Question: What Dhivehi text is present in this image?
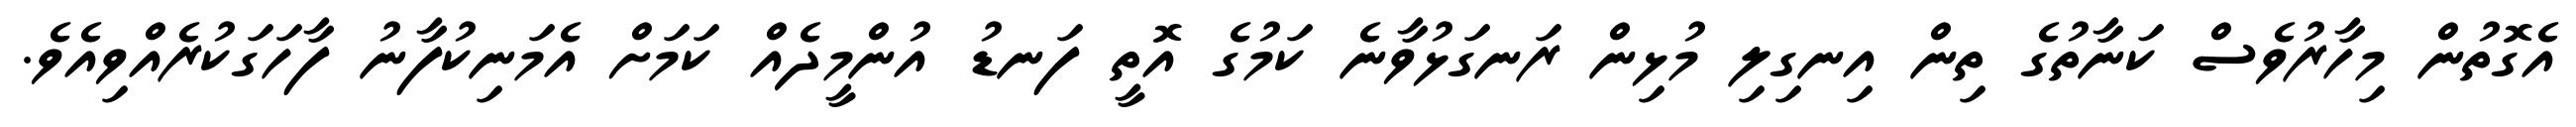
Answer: އެގޮތުން މިހާރުވެސް ކަނާތުގެ ތިން އިނގިލި މުޅިން ރަނގަޅުވާނެ ކަމުގެ އޮތީ ފަނޑު އުންމީދެއް ކަމަށް އެމަނިކުފާނު ފާހަގަކުރެއްވިއެވެ.